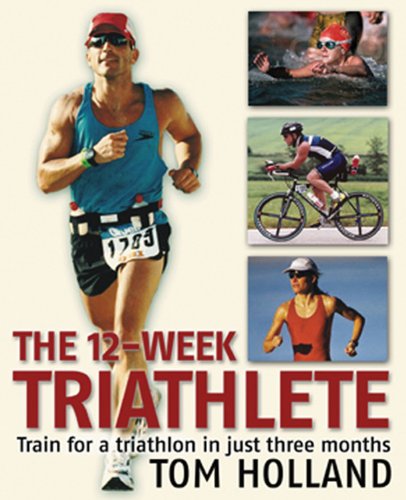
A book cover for The 12-Week Triathlete: Train for a Triathlon in Just Three Months; Tom Holland; Health, Fitness & Dieting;